Paatsalu_vallavalitsus, lk 60
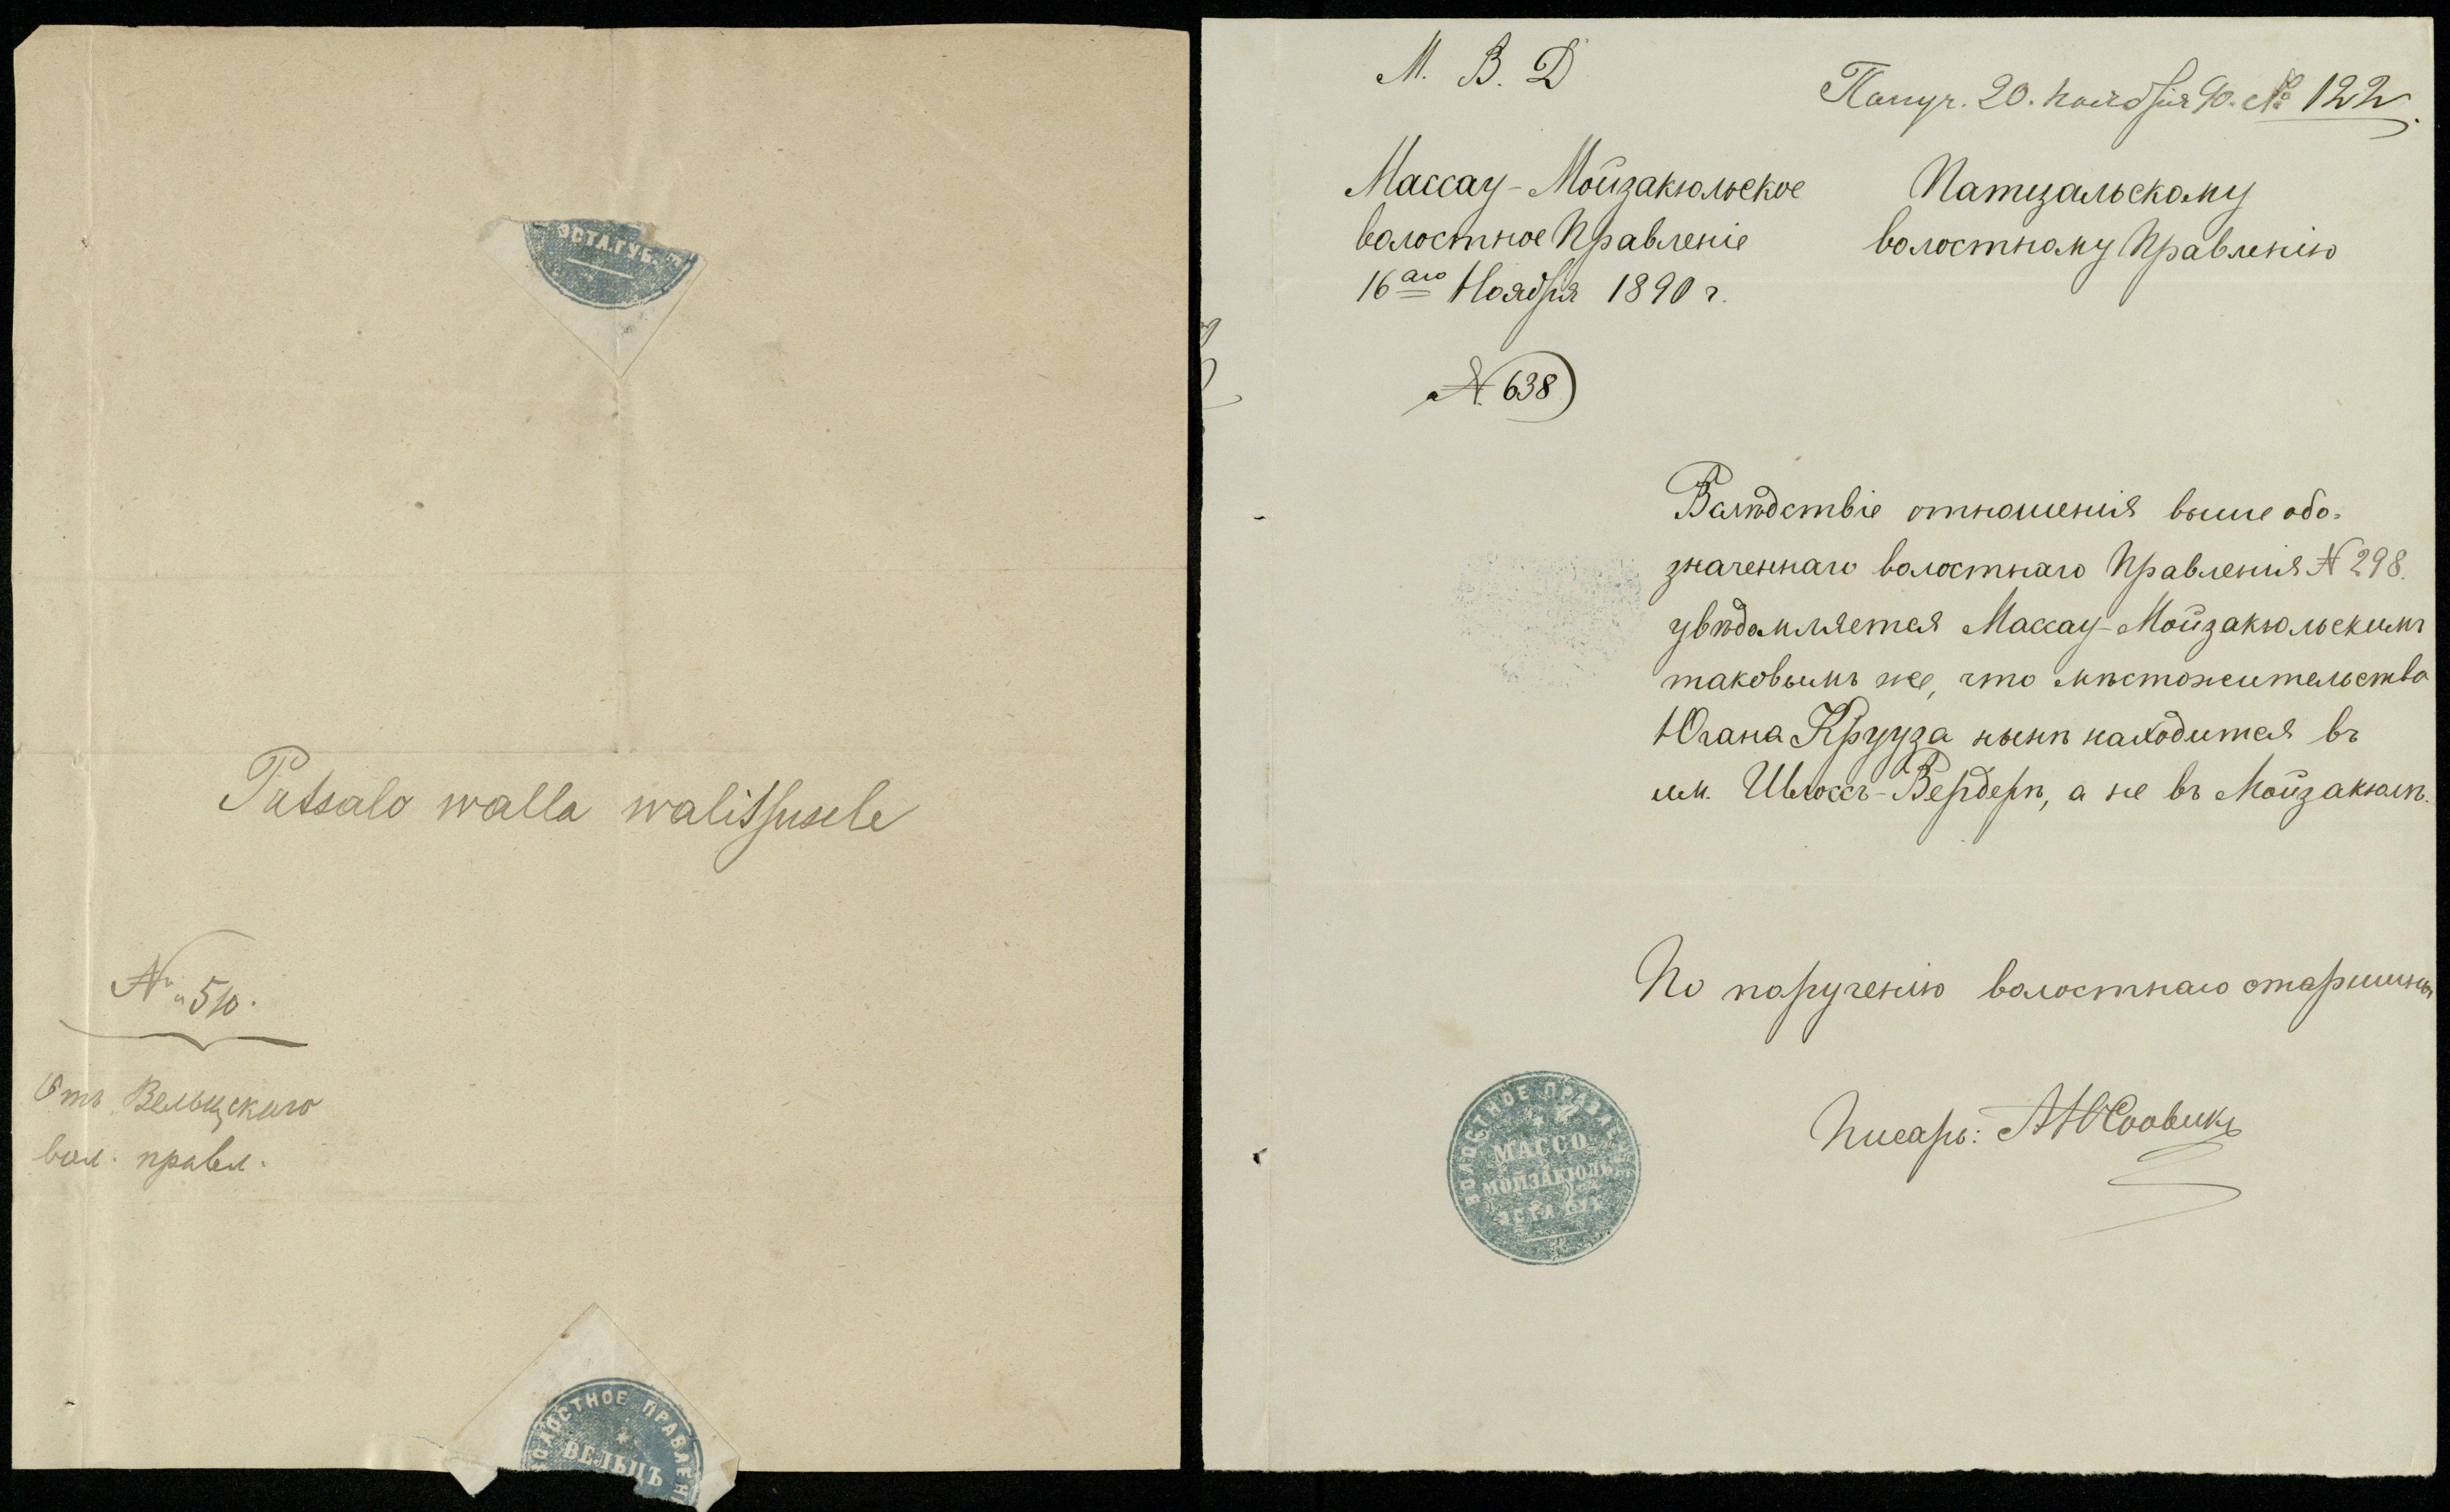
Patsalo walla walitsusele